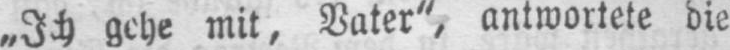
„Ich gehe mit, Vater“, antwortete die